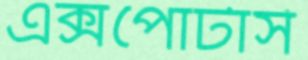
এক্সপোটার্স